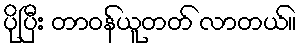
ပိုပြီး တာဝန်ယူတတ် လာတယ်။